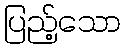
ပြည့်သော